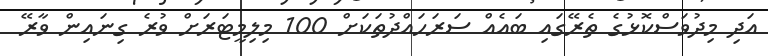
އަދި މިދުވަސްކޮޅުގެ ތެރޭގައި ބައެއް ސަރަހައްދުތަކަށް 100 މިލިމީޓަރަށް ވުރެ ގިނައިން ވާރޭ